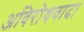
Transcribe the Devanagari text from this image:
अविरोधवाद।